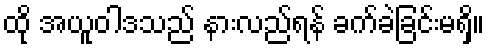
ထို အယူဝါဒသည် နားလည်ရန် ခက်ခဲခြင်းမရှိ။